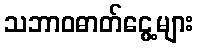
သဘာဝဓာတ်ငွေ့များ